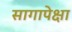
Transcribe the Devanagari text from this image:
सागापेक्षा